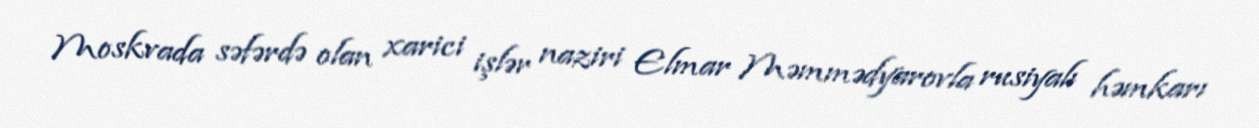
Moskvada səfərdə olan xarici işlər naziri Elmar Məmmədyarovla rusiyalı həmkarı